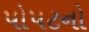
પોપટનો